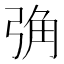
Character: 𢏧